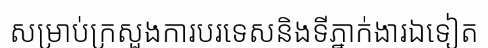
សម្រាប់ក្រសួងការបរទេសនិងទីភ្នាក់ងារឯទៀត